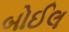
બોઈલ